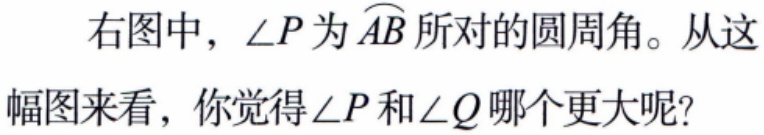
右图中，\(\angle P\)为\(\overset{\frown}{AB}\)所对的圆周角。从这幅图来看，你觉得\(\angle P\)和\(\angle Q\)哪个更大呢?